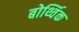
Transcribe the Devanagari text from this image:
बोर्थ्विक